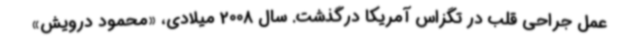
عمل جراحی قلب در تگزاس آمریکا درگذشت. سال 2008 میلادی، «محمود درویش»